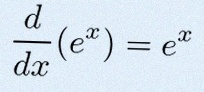
\frac{d}{dx}(e^x)=e^x